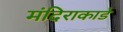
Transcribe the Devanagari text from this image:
मंदिराकाडे